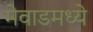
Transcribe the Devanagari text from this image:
मेवाडमध्ये